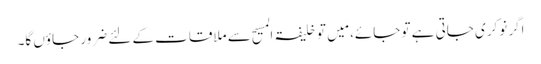
اگر نوکری جاتی ہے تو جائے، مَیں تو خلیفۃ المسیح سے ملاقات کے لئے ضرور جاؤں گا۔